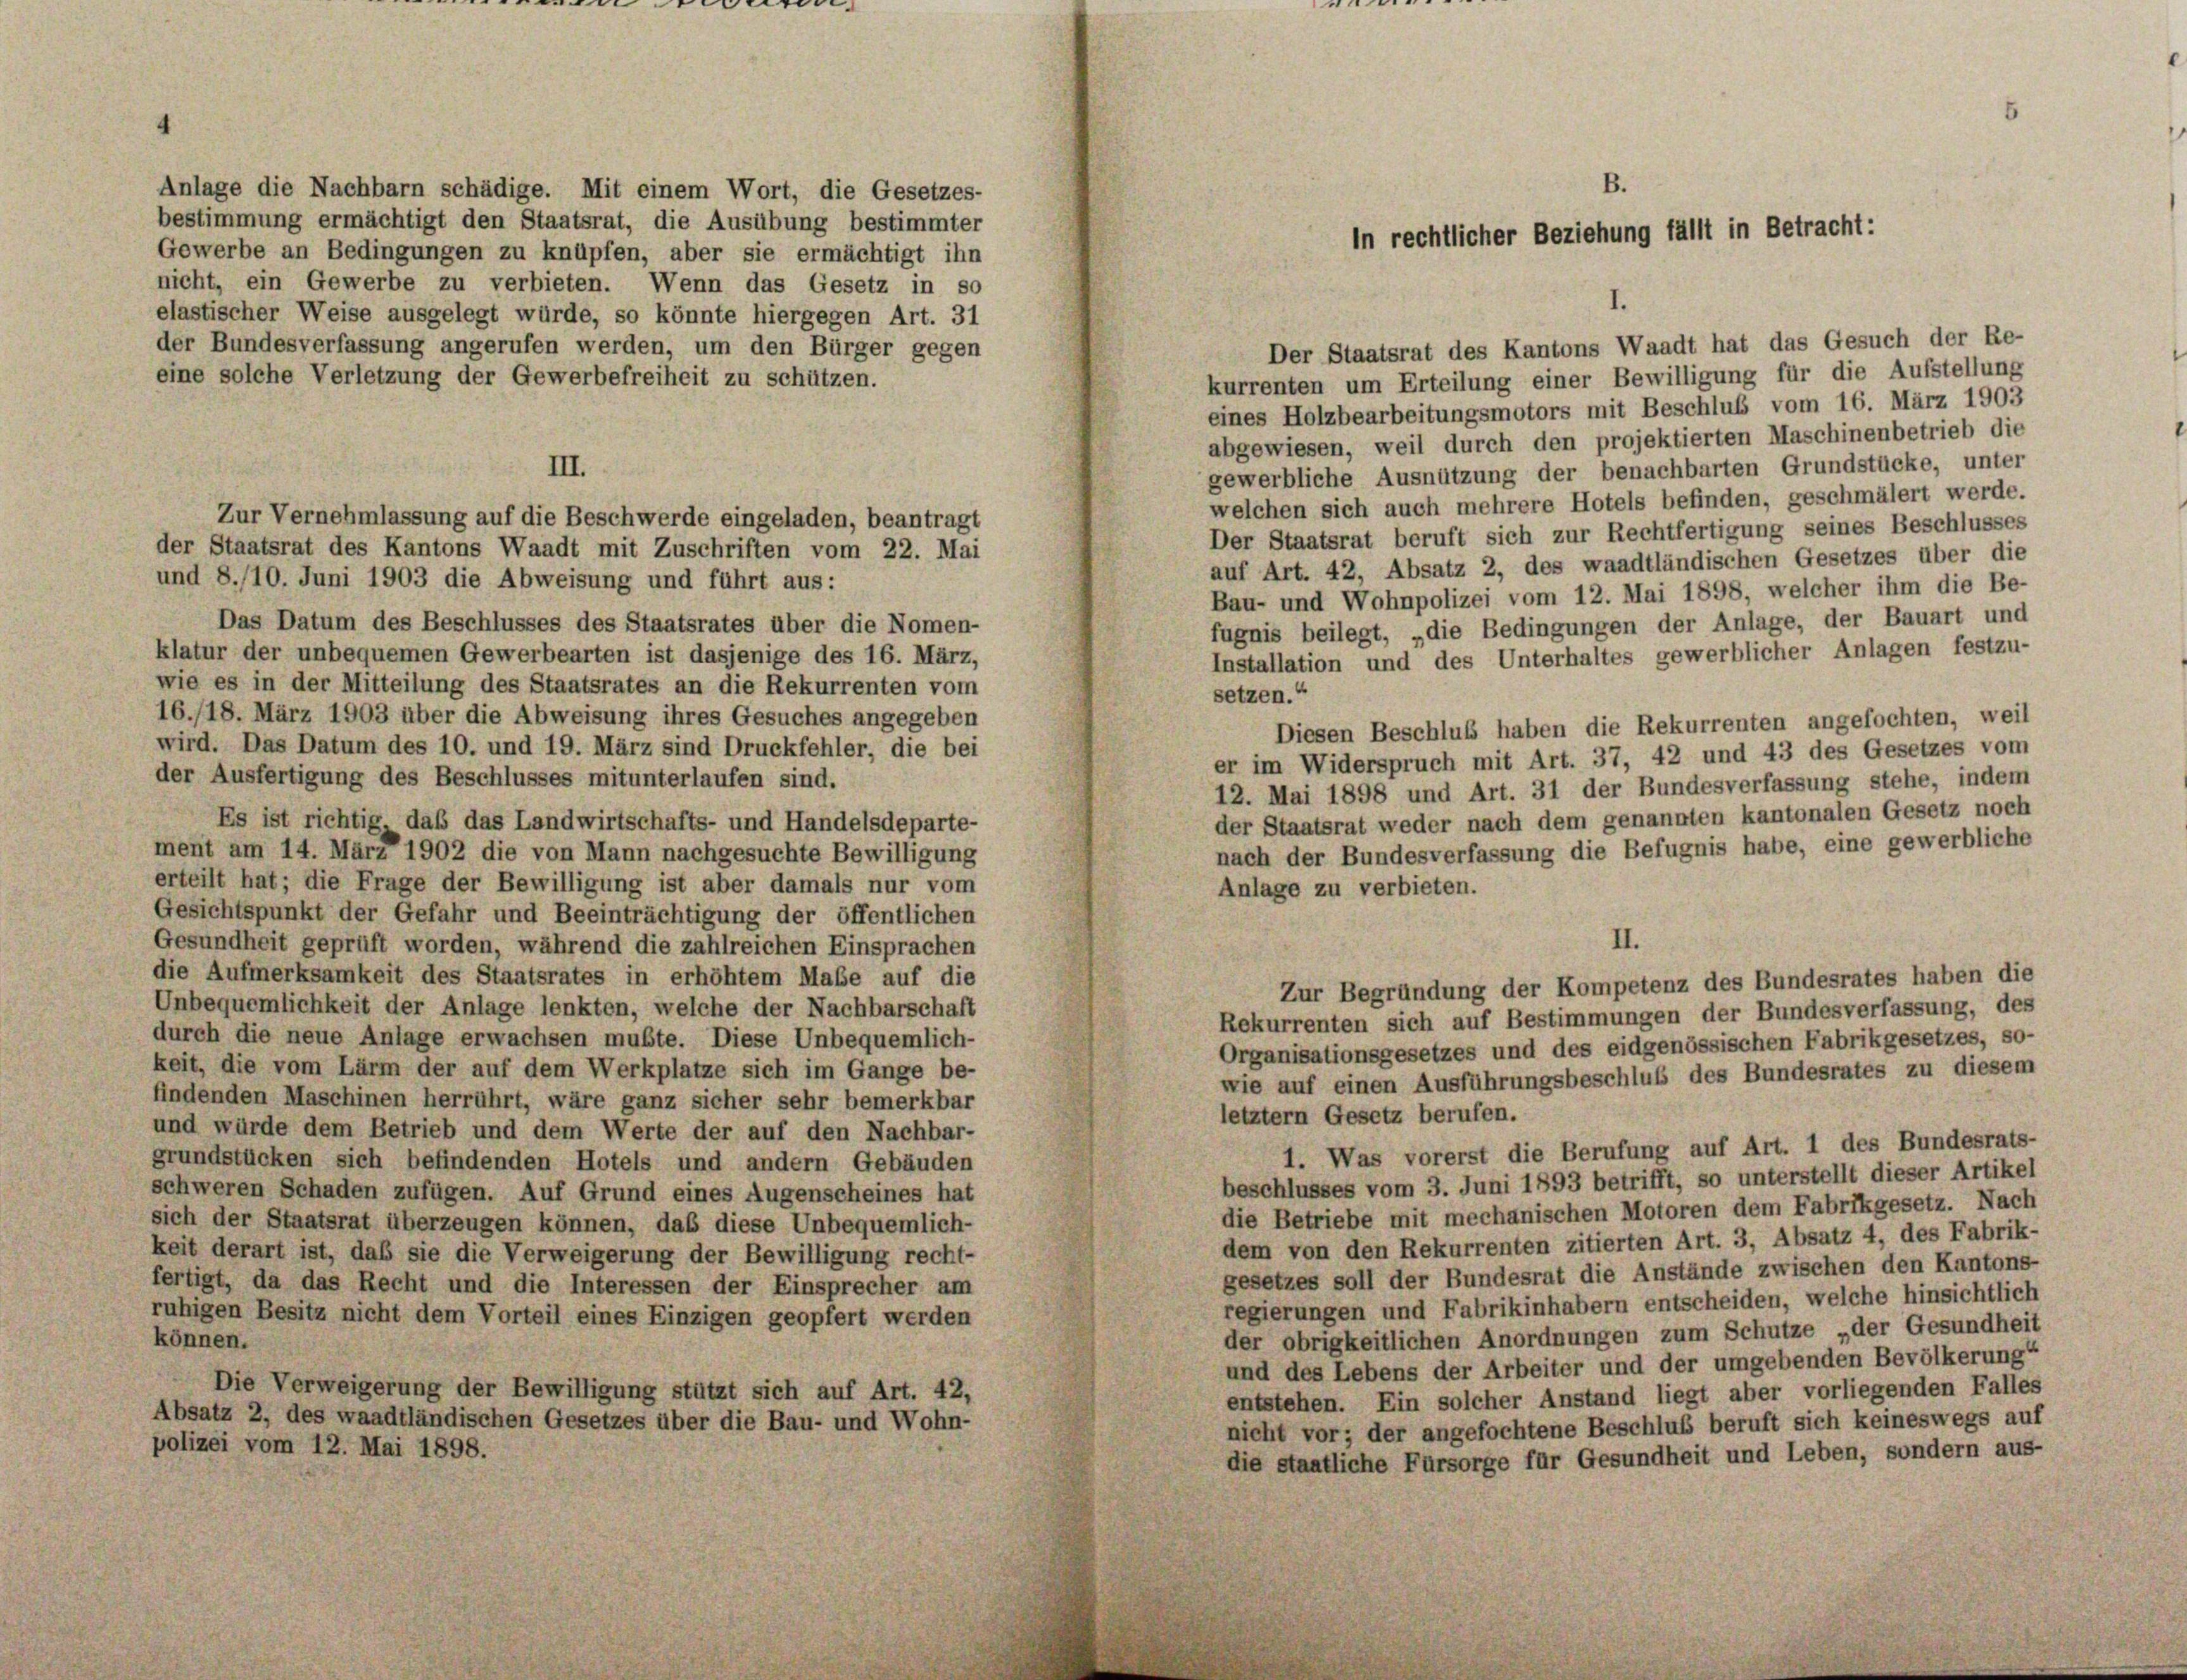
elastischer Weise ausgelegt würde, so könnte hiergegen Art. 31
der Bundesverfassung angerufen werden, um den Bürger gegen
eine solche Verletzung der Gewerbefreiheit zu schützen.
kurrenten um Erteilung einer Bewilligung für die Aufstellung
eines Holzbearbeitungsmotors mit Beschluß vom 16. März 1903
abgewiesen, weil durch den projektierten Maschinenbetrieb die
III.
gewerbliche Ausnützung der benachbarten Grundstücke, unter
welchen sich auch mehrere Hotels befinden, geschmälert werde.
Zur Vernehmlassung auf die Beschwerde eingeladen, beantragt
Der Staatsrat beruft sich zur Rechtfertigung seines Beschlusses
der Staatsrat des Kantons Waadt mit Zuschriften vom 22. Mai
auf Art. 42, Absatz 2, des waadtländischen Gesetzes über die
und 8./10. Juni 1903 die Abweisung und führt aus:
Bau- und Wohnpolizei vom 12. Mai 1898, welcher ihm die Be-
Das Datum des Beschlusses des Staatsrates über die Nomen-
fugnis beilegt, „die Bedingungen der Anlage, der Bauart und
klatur der unbequemen Gewerbearten ist dasjenige des 16. März,
Installation und des Unterhaltes gewerblicher Anlagen festzu-
wie es in der Mitteilung des Staatsrates an die Rekurrenten vom
setzen.“
16./18. März 1903 über die Abweisung ihres Gesuches angegeben
Diesen Beschluß haben die Rekurrenten angefochten, weil
wird. Das Datum des 10. und 19. März sind Druckfehler, die bei
er im Widerspruch mit Art. 37, 42 und 43 des Gesetzes vom
der Ausfertigung des Beschlusses mitunterlaufen sind.
12. Mai 1898 und Art. 31 der Bundesverfassung stehe, indem
der Staatsrat weder nach dem genannten kantonalen Gesetz noch
Es ist richtig, das das Landwirtschafts- und Handelsdeparte-
nach der Bundesverfassung die Befugnis habe, eine gewerbliche
ment am 14. März 1902 die von Mann nachgesuchte Bewilligung
erteilt hat; die Frage der Bewilligung ist aber damals nur vom
Anlage zu verbieten.
Gesichtspunkt der Gefahr und Beeinträchtigung der öffentlichen
II.
Gesundheit geprüft worden, während die zahlreichen Einsprachen
die Aufmerksamkeit des Staatsrates in erhöhtem Maße auf die
Zur Begründung der Kompetenz des Bundesrates haben die
Unbequemlichkeit der Anlage lenkten, welche der Nachbarschaft
Rekurrenten sich auf Bestimmungen der Bundesverfassung, des
durch die neue Anlage erwachsen mußte. Diese Unbequemlich-
Organisationsgesetzes und des eidgenössischen Fabrikgesetzes, so-
keit, die vom Lärm der auf dem Werkplatze sich im Gange be-
wie auf einen Ausführungsbeschluß des Bundesrates zu diesem
findenden Maschinen herrührt, wäre ganz sicher sehr bemerkbar
letztem Gesetz berufen.
und würde dem Betrieb und dem Werte der auf den Nachbar-
1. Was vorerst die Berufung auf Art. 1 des Bundesrats-
grundstücken sich befindenden Hotels und andern Gebäuden
beschlusses vom 3. Juni 1893 betrifft, so unterstellt dieser Artikel
schweren Schaden zufügen. Auf Grund eines Augenscheines hat
die Betriebe mit mechanischen Motoren dem Fabrikgesetz. Nach
sich der Staatsrat überzeugen können, daß diese Unbequemlich-
dem von den Rekurrenten zitierten Art. 3, Absatz 4, des Fabrik-
keit derart ist, daß sie die Verweigerung der Bewilligung recht-
gesetzes soll der Bundesrat die Anstände zwischen den Kantons-
fertigt, da das Recht und die Interessen der Einsprecher am
regierungen und Fabrikinhabern entscheiden, welche hinsichtlich
ruhigen Besitz nicht dem Vorteil eines Einzigen geopfert werden
der obrigkeitlichen Anordnungen zum Schutze „der Gesundheit
können.
und des Lebens der Arbeiter und der umgebenden Bevölkerung“
Die Verweigerung der Bewilligung stützt sich auf Art. 42,
entstehen. Ein solcher Anstand liegt aber vorliegenden Falles
Absatz 2, des waadtländischen Gesetzes über die Bau- und Wohn-
nicht vor; der angefochtene Beschluß beruft sich keineswegs auf
polizei vom 12. Mai 1898.
die staatliche Fürsorge für Gesundheit und Leben, sondern aus-

Anlage die Nachbarn schädige. Mit einem Wort, die Gesetzes-
bestimmung ermächtigt den Staatsrat, die Ausübung bestimmter

Gewerbe an Bedingungen zu knüpfen, aber sie ermächtigt ihn
nicht, ein Gewerbe zu verbieten. Wenn das Gesetz in so

3.
In rechtlicher Beziehung fällt in Betracht:

Der Staatsrat des Kantons Waadt hat das Gesuch der Re-